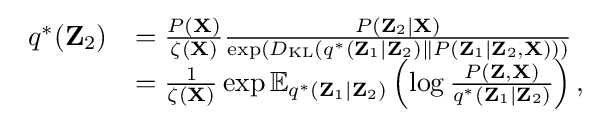
{\begin{array}{rl}q^{*}(\mathbf {Z} _{2})&={\frac {P(\mathbf {X} )}{\zeta (\mathbf {X} )}}{\frac {P(\mathbf {Z} _{2}\mid \mathbf {X} )}{\exp(D_{\mathrm {KL} }(q^{*}(\mathbf {Z} _{1}\mid \mathbf {Z} _{2})\parallel P(\mathbf {Z} _{1}\mid \mathbf {Z} _{2},\mathbf {X} )))}}\\&={\frac {1}{\zeta (\mathbf {X} )}}\exp \mathbb {E} _{q^{*}(\mathbf {Z} _{1}\mid \mathbf {Z} _{2})}\left(\log {\frac {P(\mathbf {Z} ,\mathbf {X} )}{q^{*}(\mathbf {Z} _{1}\mid \mathbf {Z} _{2})}}\right),\end{array}}